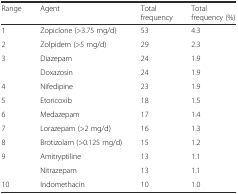
<table><thead><tr><td><b>Range</b></td><td><b>Agent</b></td><td><b>Total frequency</b></td><td><b>Total frequency (%)</b></td></tr></thead><tbody><tr><td>1</td><td>Zopiclone (&gt;3.75 mg/d)</td><td>53</td><td>4.3</td></tr><tr><td>2</td><td>Zolpidem (&gt;5 mg/d)</td><td>29</td><td>2.3</td></tr><tr><td rowspan="2">3</td><td>Diazepam</td><td>24</td><td>1.9</td></tr><tr><td>Doxazosin</td><td>24</td><td>1.9</td></tr><tr><td>4</td><td>Nifedipine</td><td>23</td><td>1.9</td></tr><tr><td>5</td><td>Etoricoxib</td><td>18</td><td>1.5</td></tr><tr><td>6</td><td>Medazepam</td><td>17</td><td>1.4</td></tr><tr><td>7</td><td>Lorazepam (&gt;2 mg/d)</td><td>16</td><td>1.3</td></tr><tr><td>8</td><td>Brotizolam (&gt;0.125 mg/d)</td><td>15</td><td>1.2</td></tr><tr><td rowspan="2">9</td><td>Amitryptiline</td><td>13</td><td>1.1</td></tr><tr><td>Nitrazepam</td><td>13</td><td>1.1</td></tr><tr><td>10</td><td>Indomethacin</td><td>10</td><td>1.0</td></tr></tbody></table>